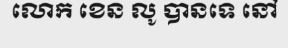
លោក ខេន លូ បានទេ នៅ